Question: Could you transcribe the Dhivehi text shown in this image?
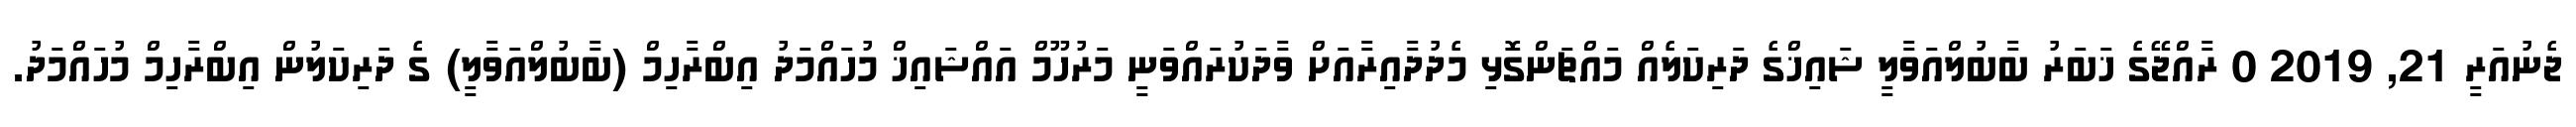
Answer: ޖެނުއަރީ 21, 2019 0 ރާއްޖޭގެ ޚަބަރު ބާބުލްއަވާލީ ޝައިޚްގެ ދަރިކަލެއް މައްޗަންގޮޅި މެދުދާއިރާއަށް ވާދަކުރައްވަނީ މަރުހޫމް އައްޝައިޚް މުހައްމަދު އިބްރާހިމް (ބާބުލްއަވާލީ) ގެ ދަރިކަލުން އިބްރާހިމް މުހައްމަދު.